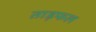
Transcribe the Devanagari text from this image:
ताड़फल